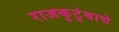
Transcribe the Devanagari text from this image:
राजकुटुंबाचे